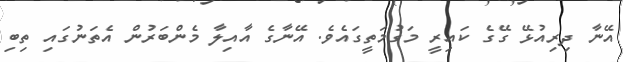
އޭނާ ދިރިއުޅޭ ގޭގެ ކައިރީ މަގުމަތީގައެވެ. އޭނާގެ އާއިލާ މެންބަރުން އެތަނުގައި ތިބި